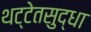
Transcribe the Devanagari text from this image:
थट्टेतसुद्धा